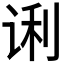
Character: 𰵭